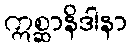
ဣစ္ဆာနိဒါနာ